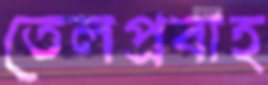
তেলপ্রবাহ